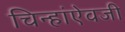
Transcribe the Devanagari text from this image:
चिन्हांऐवजी